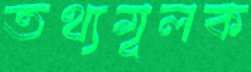
তথ্যমূলক